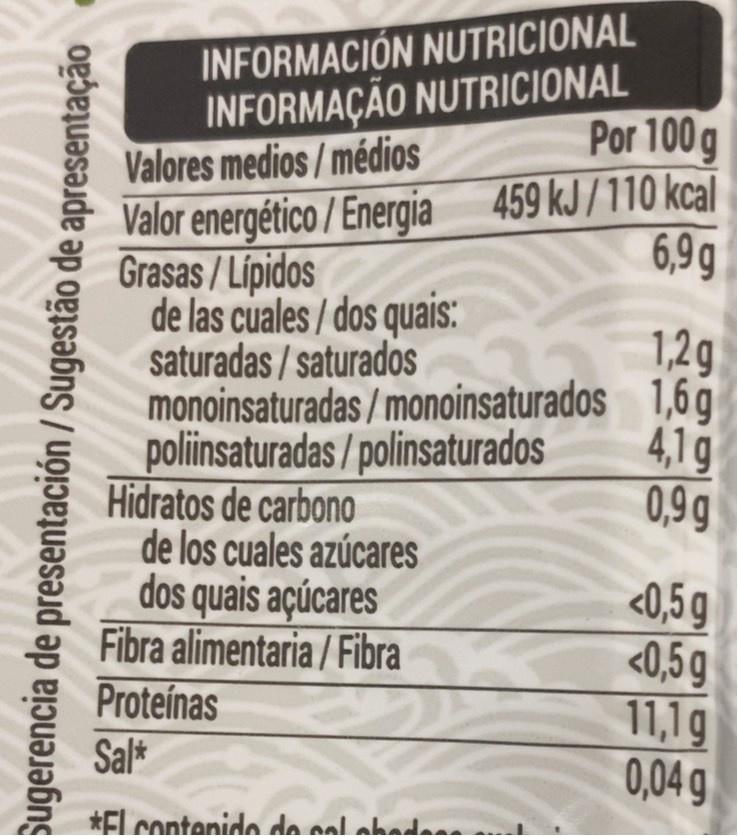
INFORMACIÓN NUTRICIONAL INFORMAÇÃO NUTRICIONAL Valores medios / médios Valor energético / Energia 459 kJ/110 kcal Grasas / Lípidos de las cuales / dos quais: saturadas / saturados monoinsaturadas / monoinsaturados 1,6 g poliinsaturadas / polinsaturados Hidratos de carbono de los cuales azúcares dos quais açúcares Fibra alimentaria / Fibra Proteínas
Por 100g
6,9g
1,2g
4,1g 0,9g
<0,5g <0,5g 11,1g 0,04g
Sal*
*El contenide do nol abade
Sugerencia de presentación / Sugestão de apresentação